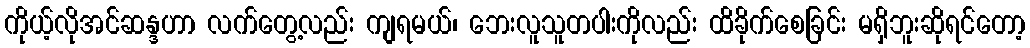
ကိုယ့်လိုအင်ဆန္ဒဟာ လက်တွေ့လည်း ကျရမယ်၊ ဘေးလူသူတပါးကိုလည်း ထိခိုက်စေခြင်း မရှိဘူးဆိုရင်တော့